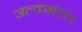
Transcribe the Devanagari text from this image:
जल्कमंड़ल